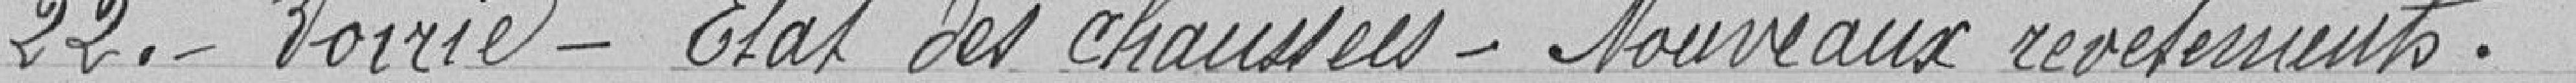
22. Voirie - Etat des chaussées - Nouveaux revêtements.